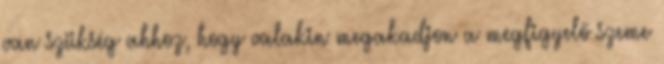
van szükség ahhoz, hogy valakin megakadjon a megfigyelő szeme